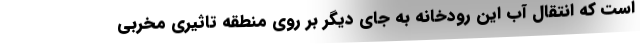
است که انتقال آب این رودخانه به جای دیگر بر روی منطقه تاثیری مخربی